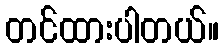
တင်ထားပါတယ်။